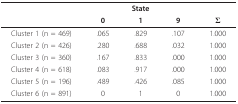
<table><thead><tr><td></td><td colspan="3"><b>State</b></td><td></td></tr><tr><td></td><td><b>0</b></td><td><b>1</b></td><td><b>9</b></td><td><b>Σ</b></td></tr></thead><tbody><tr><td>Cluster 1 (n = 469)</td><td>.065</td><td>.829</td><td>.107</td><td>1.000</td></tr><tr><td>Cluster 2 (n = 426)</td><td>.280</td><td>.688</td><td>.032</td><td>1.000</td></tr><tr><td>Cluster 3 (n = 360)</td><td>.167</td><td>.833</td><td>.000</td><td>1.000</td></tr><tr><td>Cluster 4 (n = 618)</td><td>.083</td><td>.917</td><td>.000</td><td>1.000</td></tr><tr><td>Cluster 5 (n = 196)</td><td>.489</td><td>.426</td><td>.085</td><td>1.000</td></tr><tr><td>Cluster 6 (n = 891)</td><td>0</td><td>1</td><td>0</td><td>1.000</td></tr></tbody></table>